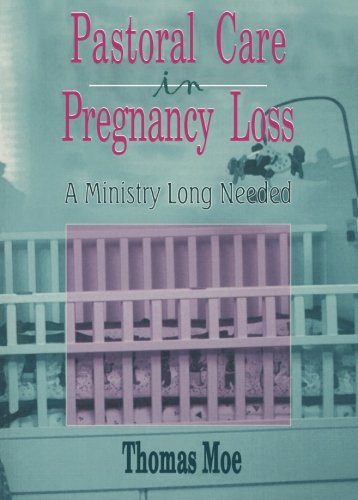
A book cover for Pastoral Care in Pregnancy Loss: A Ministry Long Needed; Thomas Moe; Christian Books & Bibles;